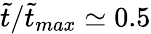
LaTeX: \tilde{t}/\tilde{t}_{max}\simeq 0.5